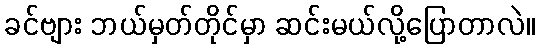
ခင်ဗျား ဘယ်မှတ်တိုင်မှာ ဆင်းမယ်လို့ပြောတာလဲ။